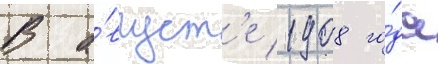
В а́вгуст'е 1908 го́да